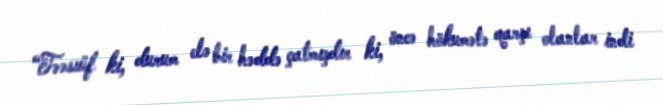
“Təəssüf ki, durum elə bir həddə çatmışdır ki, öncə hökumətə qarşı olanlar indi